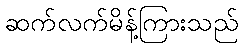
ဆက်လက်မိန့်ကြားသည်